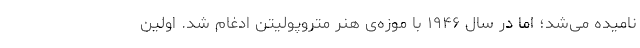
نامیده می‌شد؛ اما در سال ۱۹۴۶ با موزه‌ی هنر متروپولیتن ادغام شد. اولین